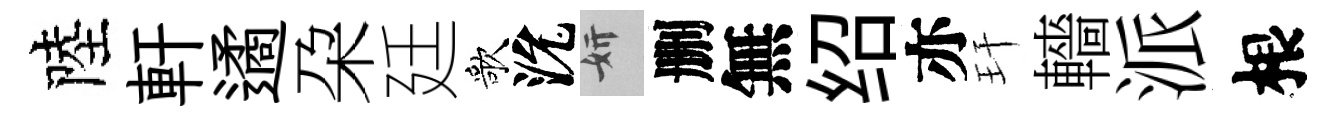
陸軒遹朶廷歌沇妍删無绍亦玕轖派根